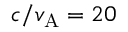
c / v _ { \mathrm { A } } = 2 0